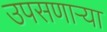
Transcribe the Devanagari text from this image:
उपसणाऱ्या